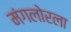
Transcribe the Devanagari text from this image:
मंगलोरला